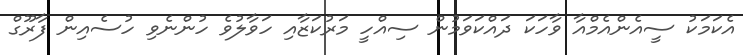
އެކަމަކު ސީއެންއެމްއާ ވާހަކަ ދައްކަވަމުން ސިއްހީ މަރުކަޒާއި ހަވާލުވެ ހުންނެވި ހުސެއިން ފާރޫގް